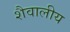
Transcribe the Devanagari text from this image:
शैवालीय